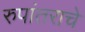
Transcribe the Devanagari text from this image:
रुपांतराचे